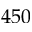
4 5 0